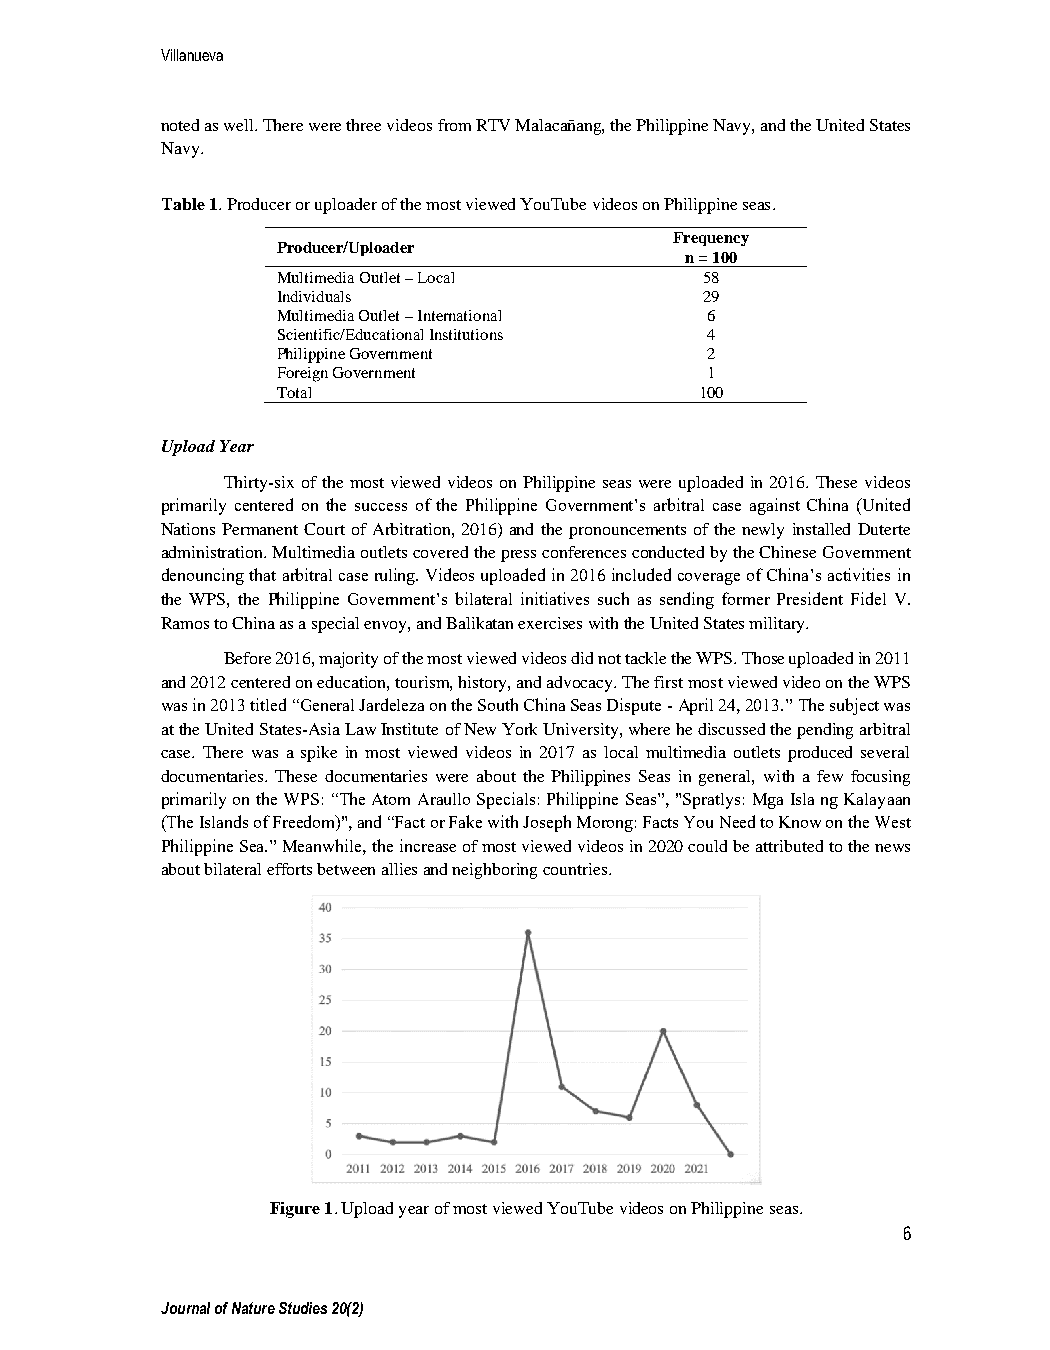
Villanueva
 noted as well. There were three videos from RTV Malacañang, the Philippine Navy, and the United States
 Navy.
 Table 1. Producer or uploader of the most viewed YouTube videos on Philippine seas.
 Frequency
 Producer/Uploader
 n = 100
 Multimedia Outlet – Local    58
 Individuals                  29
 Multimedia Outlet – International 6
 Scientific/Educational Institutions 4
 Philippine Government        2
 Foreign Government           1
 Total                       100
 Upload Year
 Thirty-six of the most viewed videos on Philippine seas were uploaded in 2016. These videos
 primarily centered on the success of the Philippine Government’s arbitral case against China (United
 Nations Permanent Court of Arbitration, 2016) and the pronouncements of the newly installed Duterte
 administration. Multimedia outlets covered the press conferences conducted by the Chinese Government
 denouncing that arbitral case ruling. Videos uploaded in 2016 included coverage of China’s activities in
 the WPS, the Philippine Government’s bilateral initiatives such as sending former President Fidel V.
 Ramos to China as a special envoy, and Balikatan exercises with the United States military.
 Before 2016, majority of the most viewed videos did not tackle the WPS. Those uploaded in 2011
 and 2012 centered on education, tourism, history, and advocacy. The first most viewed video on the WPS
 was in 2013 titled “General Jardeleza on the South China Seas Dispute - April 24, 2013.” The subject was
 at the United States-Asia Law Institute of New York University, where he discussed the pending arbitral
 case. There was a spike in most viewed videos in 2017 as local multimedia outlets produced several
 documentaries. These documentaries were about the Philippines Seas in general, with a few focusing
 primarily on the WPS: “The Atom Araullo Specials: Philippine Seas”, "Spratlys: Mga Isla ng Kalayaan
 (The Islands of Freedom)", and “Fact or Fake with Joseph Morong: Facts You Need to Know on the West
 Philippine Sea.” Meanwhile, the increase of most viewed videos in 2020 could be attributed to the news
 about bilateral efforts between allies and neighboring countries.
 Figure 1. Upload year of most viewed YouTube videos on Philippine seas.
 6
 Journal of Nature Studies 20(2)